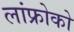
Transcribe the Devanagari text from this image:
लांफ्रोको